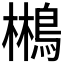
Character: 𱈮